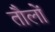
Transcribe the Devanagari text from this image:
तौलों